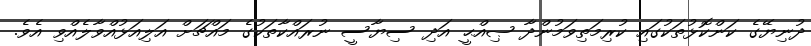
ދުނިޔޭގެ ކަންކޮޅުތަކުގައި ކުރިމަތިވަމުންދާ ޞިއްޙީ އަދި ސިޔާސީ ނުރައްކާތަކުގެ މައްޗަށް އަލިއަޅުއްވާލެއްވި އެވެ.